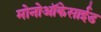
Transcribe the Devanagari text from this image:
मोनोऑकेसाईड